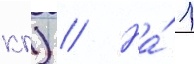
кг) // На́ 1